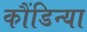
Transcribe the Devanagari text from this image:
कौंडिन्या